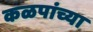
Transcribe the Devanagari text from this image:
कळपांच्या